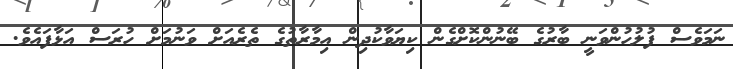
ނަމަވެސް ފުލުހުންވަނީ ބާރުގެ ބޭނުންކޮށްގެން ކިޔަވާކުދިން އިމާރާތުގެ ތެރެއަށް ވަނުމަށް ހުރަސް އަޅާފައެވެ.